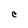
Character: C